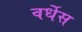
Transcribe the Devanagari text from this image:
वर्धेस